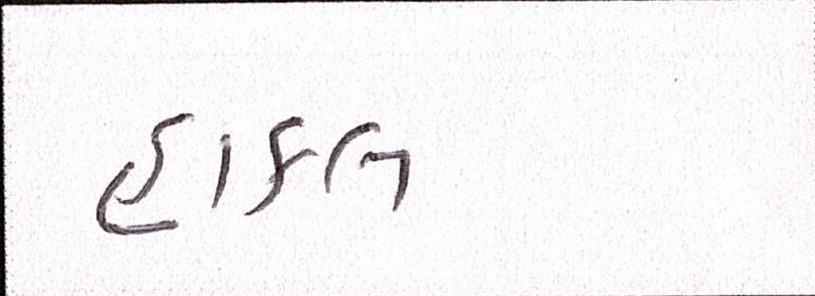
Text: હાકલ